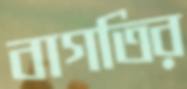
বাগতির